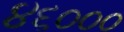
૪૬૦૦૦